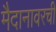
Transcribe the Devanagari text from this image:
मैदानावरची